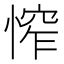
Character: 𢞲